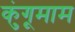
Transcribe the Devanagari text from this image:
कुंगूमाम